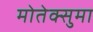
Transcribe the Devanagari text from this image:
मोतेक्सुमा